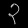
Digit: ၃